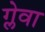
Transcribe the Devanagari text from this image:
ग्लेवा